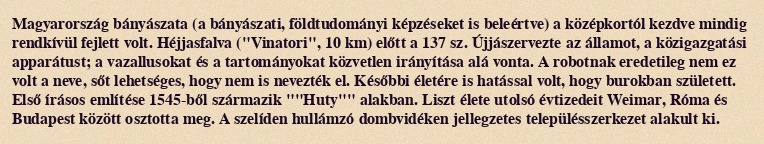
Magyarország bányászata (a bányászati, földtudományi képzéseket is beleértve) a középkortól kezdve mindig rendkívül fejlett volt. Héjjasfalva ("Vinatori", 10 km) előtt a 137 sz. Újjászervezte az államot, a közigazgatási apparátust; a vazallusokat és a tartományokat közvetlen irányítása alá vonta. A robotnak eredetileg nem ez volt a neve, sőt lehetséges, hogy nem is nevezték el. Későbbi életére is hatással volt, hogy burokban született. Első írásos említése 1545-ből származik ""Huty"" alakban. Liszt élete utolsó évtizedeit Weimar, Róma és Budapest között osztotta meg. A szelíden hullámzó dombvidéken jellegzetes településszerkezet alakult ki.